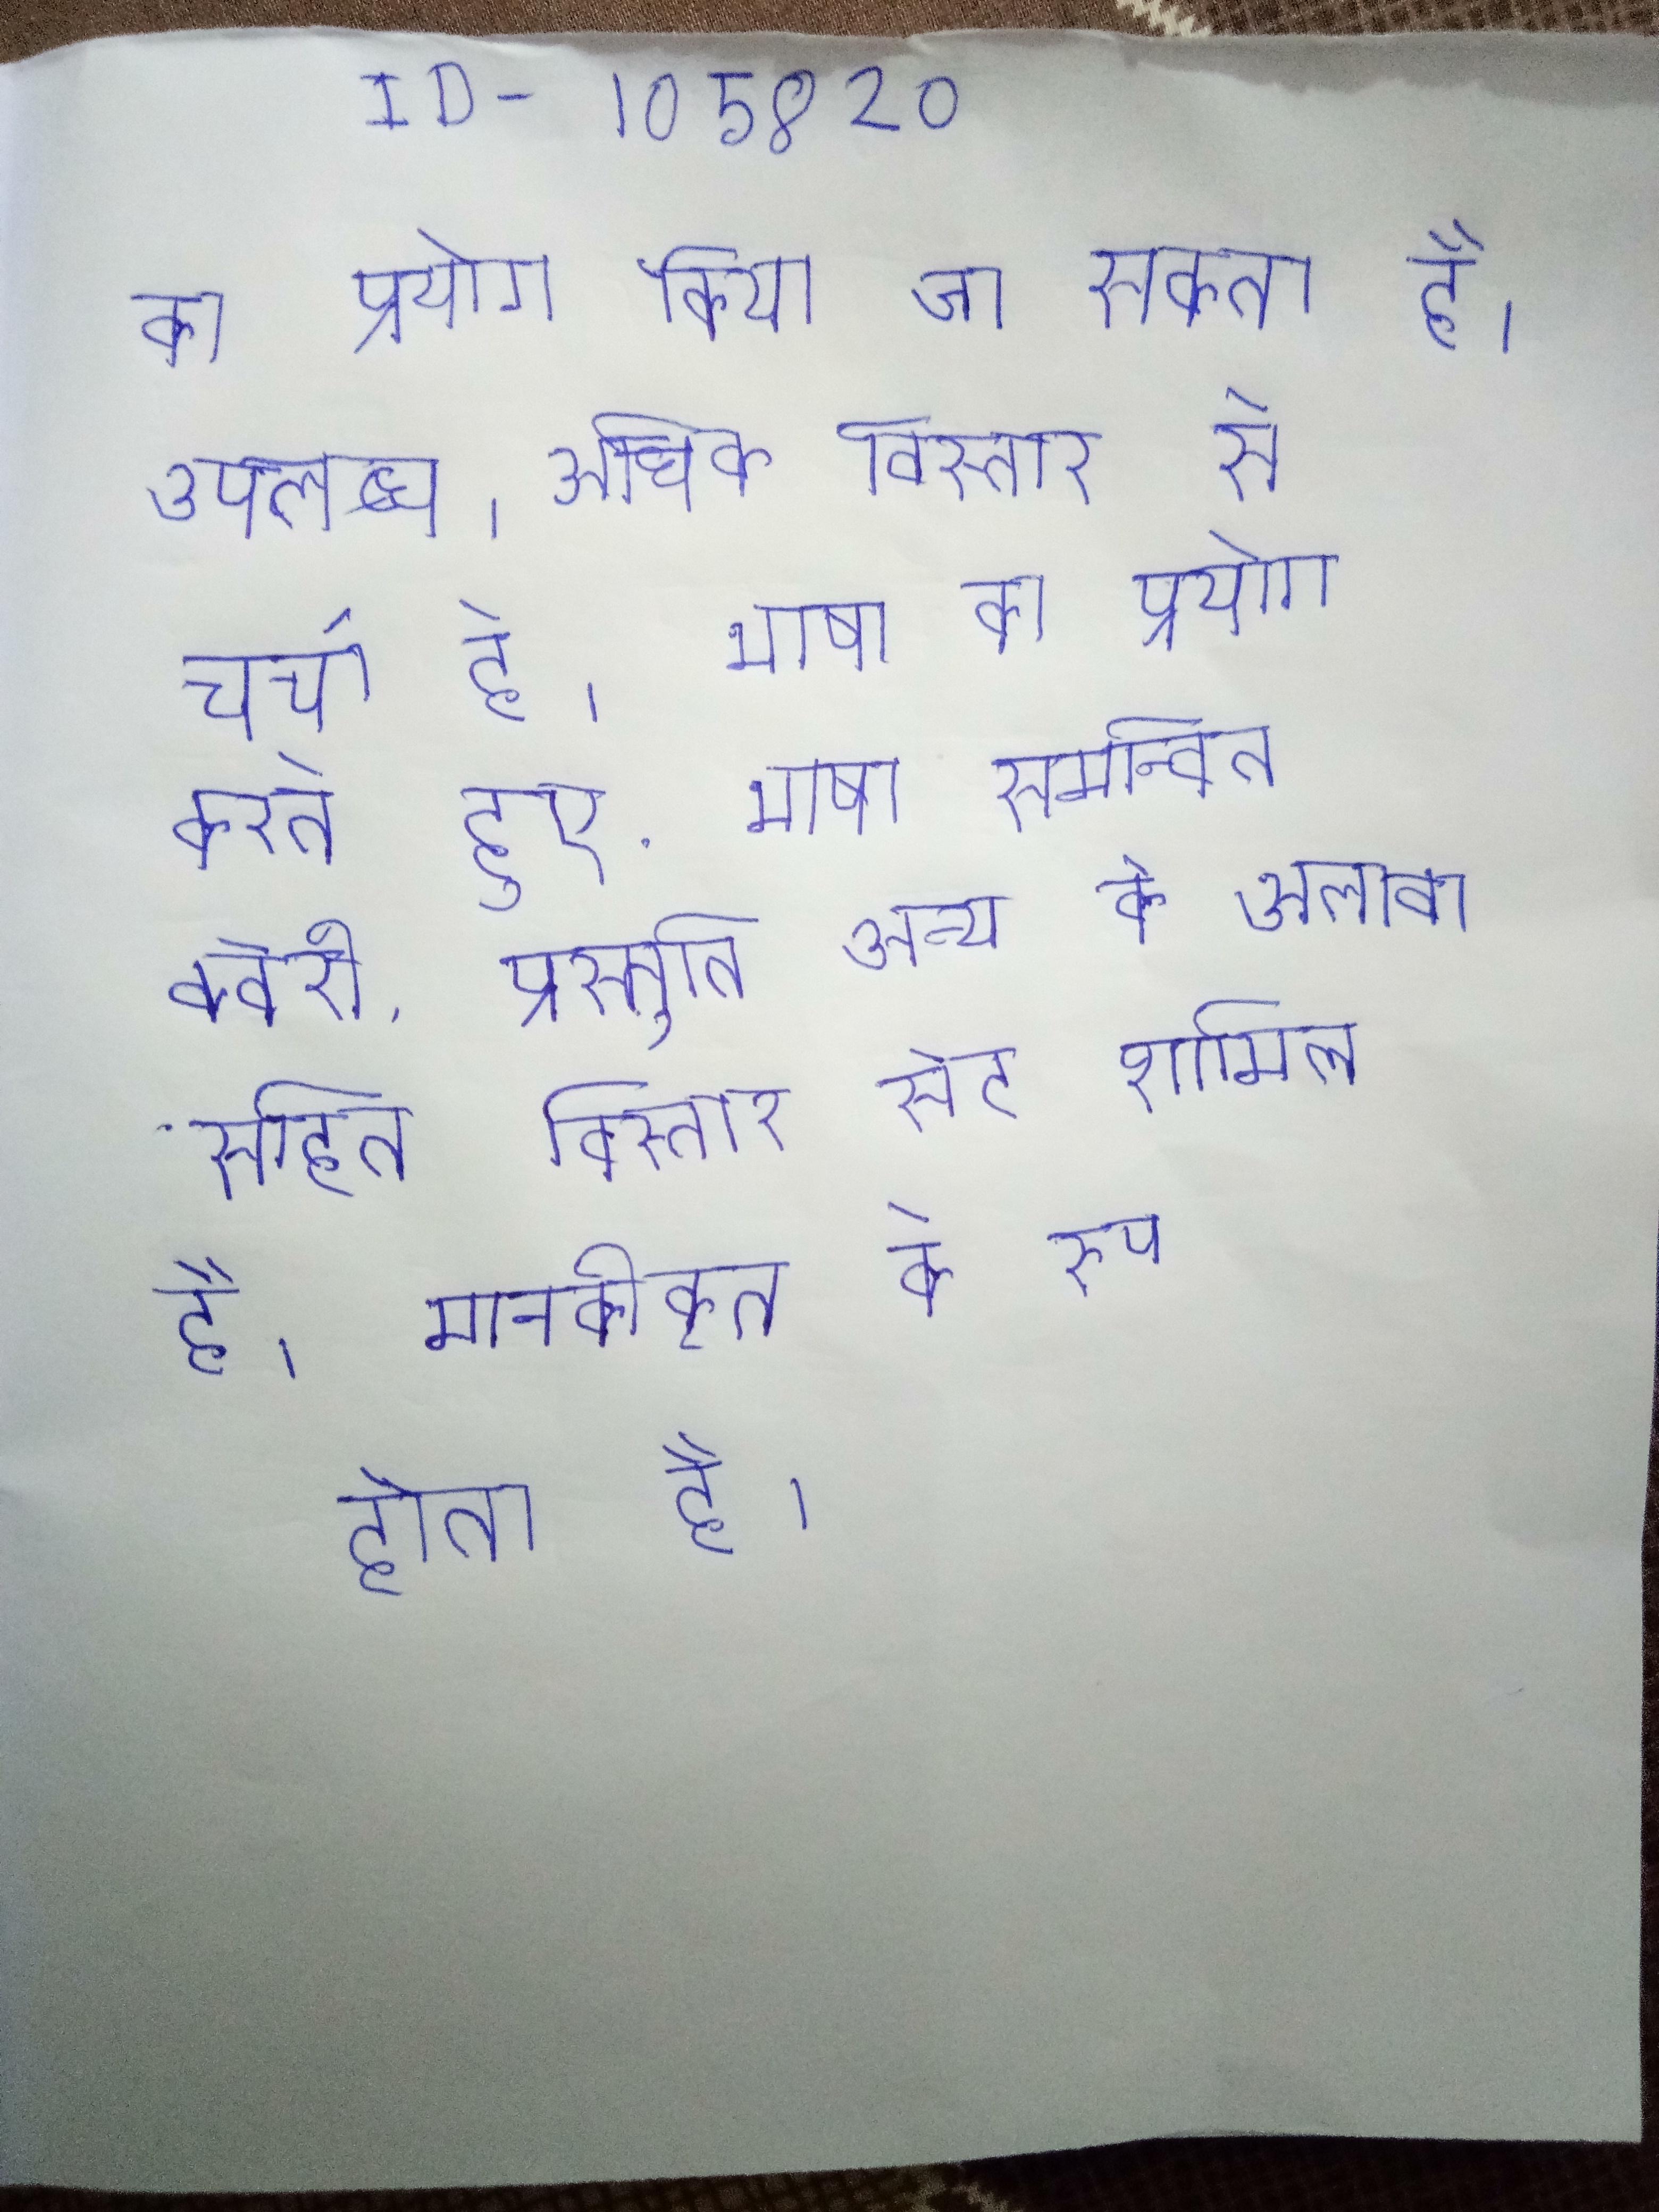
का प्रयोग किया जा सकता है । उपलब्ध । और अधिक विस्तार से चर्चा है । भाषा का प्रयोग करते हुए . भाषा समन्वित क्वेरी, प्रस्तुति अन्य के अलावा सहित विस्तार सेट, शामिल । भी शामिल है । मानकीकृत के रूप होता है ।